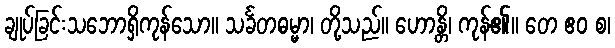
ချုပ်ခြင်းသဘောရှိကုန်သော။ သင်္ခတဓမ္မာ၊ တို့သည်။ ဟောန္တိ၊ ကုန်၏။ တေ ဧဝ စ၊